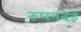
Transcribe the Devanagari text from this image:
रूपनदेई